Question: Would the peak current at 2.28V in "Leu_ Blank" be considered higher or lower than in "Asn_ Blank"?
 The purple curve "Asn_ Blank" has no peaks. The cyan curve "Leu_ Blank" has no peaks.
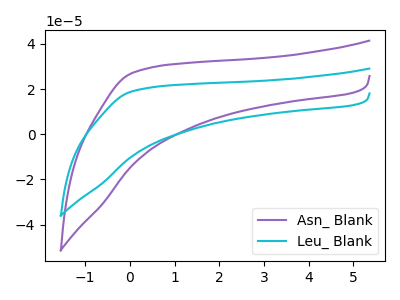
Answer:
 <answer>"Leu_ Blank" and "Asn_ Blank" dont share a peak at 2.28V.</answer>
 <eval>mismatch</eval>